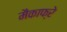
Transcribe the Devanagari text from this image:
मैकाफ्रे